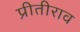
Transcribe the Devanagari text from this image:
प्रीतीराव